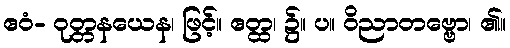
ဧဝံ- ဝုတ္တနယေန၊ ဖြင့်။ ဧတ္ထ၊ ၌။ ပ။ ဝိညာတဗ္ဗော၊ ၏။